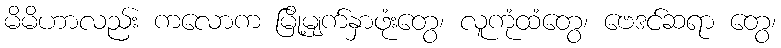
မိမိဟာလည်း ကလောက မြို့မျက်နှာဖုံးတွေ၊ လူကုံထံတွေ၊ ဗေဒင်ဆရာ တွေ၊